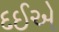
દઈએ